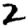
Digit: 2